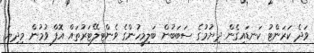
ވަދެ ކަރަންޓު ކަނޑައިގެން ދިޔުމުގެ ސަބަބުން ބަލިމީހުންގެ ވެންޓިލޭޓަރުތައް އޮފް ވުމުން މިދިޔަ